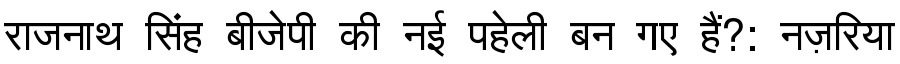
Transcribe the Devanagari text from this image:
राजनाथ सिंह बीजेपी की नई पहेली बन गए हैं?: नज़रिया